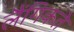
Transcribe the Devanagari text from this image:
लैंगिकते